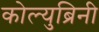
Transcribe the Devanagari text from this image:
कोल्युब्रिनी